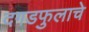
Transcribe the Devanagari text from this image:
दगडफुलाचे